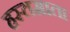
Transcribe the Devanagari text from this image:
हस्तमाता